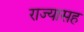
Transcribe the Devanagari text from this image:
राज्यासह